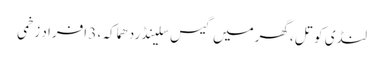
لنڈی کوتل ،گھرمیں گیس سلینڈردھماکہ ، 3 افراد زخمی